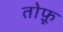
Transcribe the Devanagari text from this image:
तोफ़ू